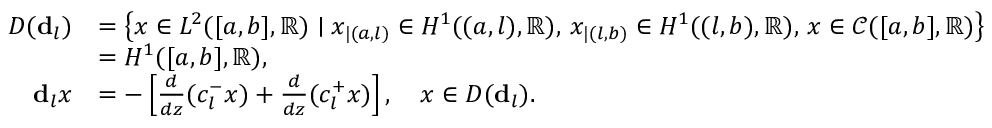
\begin{array} { r l } { D ( \mathbf { d } _ { l } ) } & { = \left\{ x \in L ^ { 2 } ( [ a , b ] , \mathbb { R } ) \mid x _ { | ( a , l ) } \in H ^ { 1 } ( ( a , l ) , \mathbb { R } ) , \, x _ { | ( l , b ) } \in H ^ { 1 } ( ( l , b ) , \mathbb { R } ) , \, x \in \mathcal { C } ( [ a , b ] , \mathbb { R } ) \right\} } \\ & { = H ^ { 1 } ( [ a , b ] , \mathbb { R } ) , } \\ { \mathbf { d } _ { l } x } & { = - \left[ \frac { d } { d z } ( c _ { l } ^ { - } x ) + \frac { d } { d z } ( c _ { l } ^ { + } x ) \right] , \quad x \in D ( \mathbf { d } _ { l } ) . } \end{array}